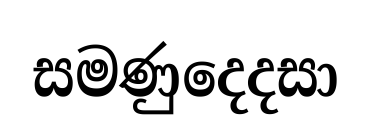
සමණුදෙදසා